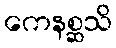
ကေနစ္ဆသိ